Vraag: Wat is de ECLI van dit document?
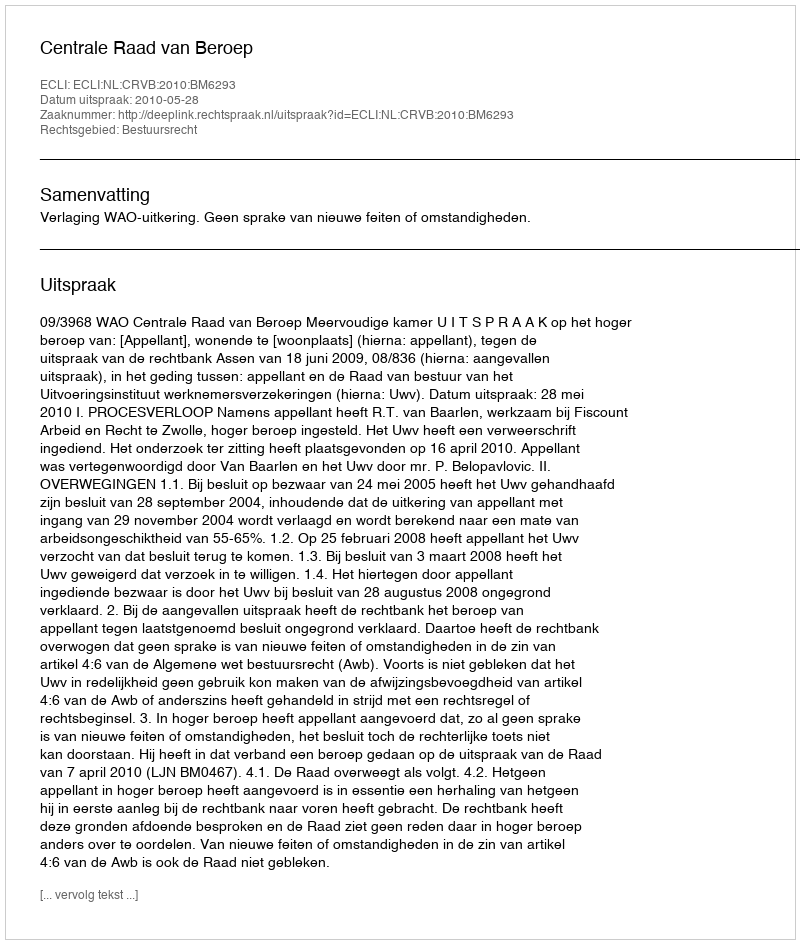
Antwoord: ECLI:NL:CRVB:2010:BM6293